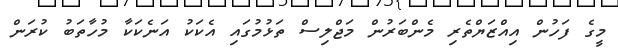
މީގެ ފަހުން އިއްޒަޔްތެރި މެންބަރުން މަޖްލިސް ތަޅުމުގައި އެކަކު އަނެކަކާ މުހާތަބު ކުރަން